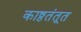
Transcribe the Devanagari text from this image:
काष्ठतंतूत